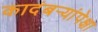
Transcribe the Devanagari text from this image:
कादंबर्‍यांपेक्षा